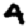
Digit: 4